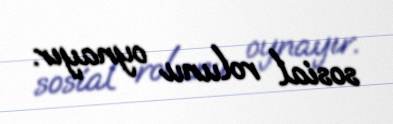
sosial rolunu oynayır.